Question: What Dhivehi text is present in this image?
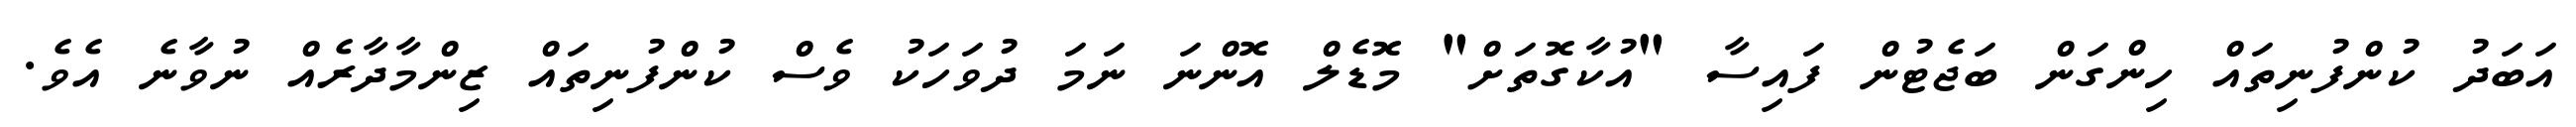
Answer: އަބަދު ކުންފުނިތައް ހިންގަން ބަޖެޓުން ފައިސާ "އުކާގޮތަށް" މޮޑެލް އޮންނަ ނަމަ ދުވަހަކު ވެސް ކުންފުނިތައް ޒިންމާދާރެއް ނުވާނެ އެވެ.